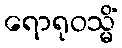
ရောရုဝသ္မိံ